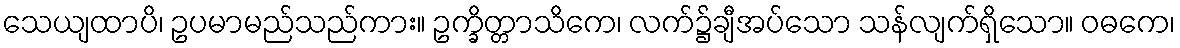
သေယျထာပိ၊ ဥပမာမည်သည်ကား။ ဥက္ခိတ္တာသိကေ၊ လက်၌ချီအပ်သော သန်လျက်ရှိသော။ ဝဓကေ၊